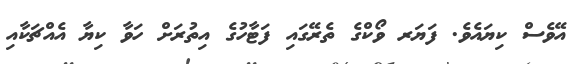
އޭވެސް ކިޔައެވެ. ފަޔަރ ވޯކްގެ ތެރޭގައި ފަޓާހުގެ އިތުރަށް ހަވާ ކިޔާ އެއްޗަކާއި